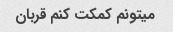
میتونم کمکت کنم قربان